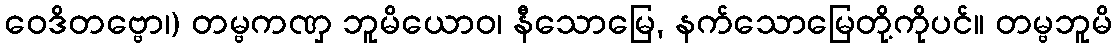
ဝေဒိတဗ္ဗော၊) တမ္ဗကဏှ ဘူမိယောဝ၊ နီသောမြေ, နက်သောမြေတို့ကိုပင်။ တမ္ဗဘူမိ